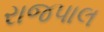
રાજપાલ